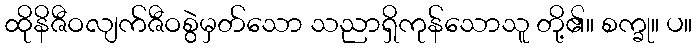
ထိုနိဇီဝလျက်ဇီဝစွဲမှတ်သော သညာရှိကုန်သောသူ တို့၏။ စက္ခု။ ပ။